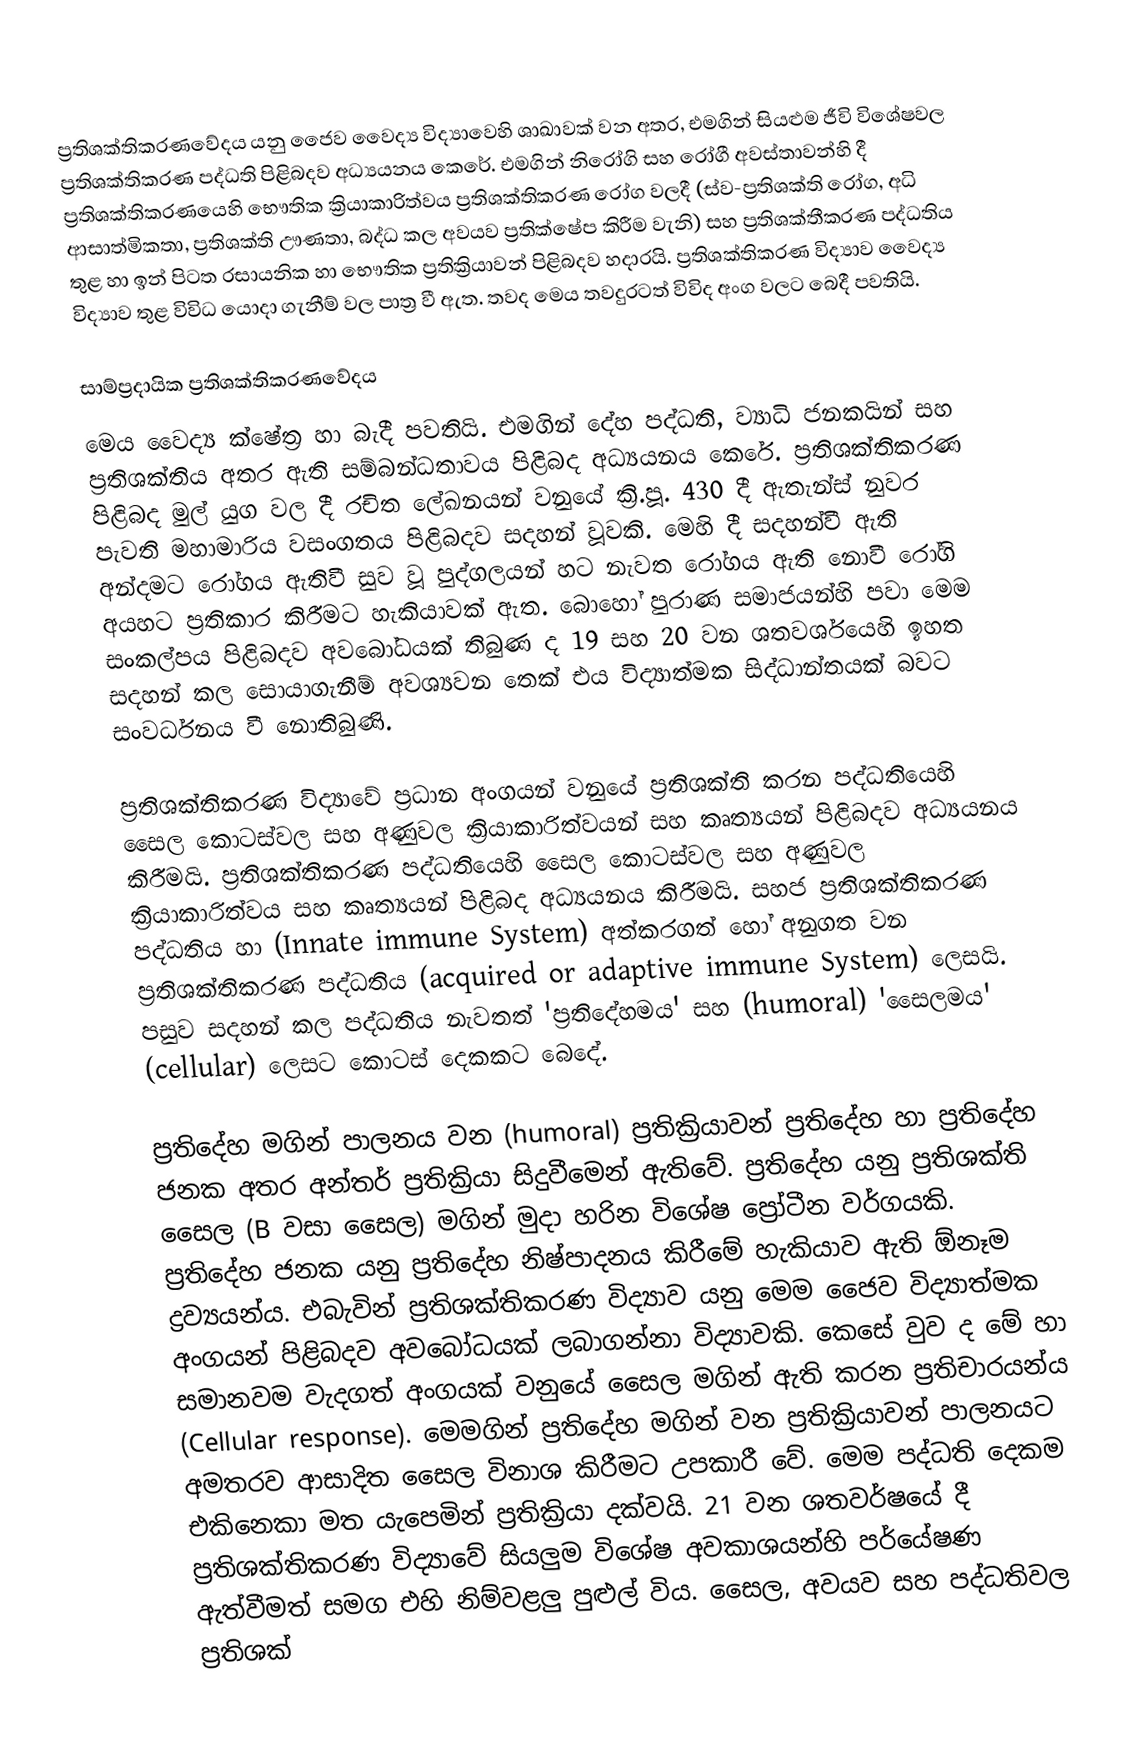
ප්‍රතිශක්තිකරණවේදය යනු ජෛව වෛද්‍ය විද්‍යාවෙහි ශාඛාවක් වන අතර, එමගින් සියළුම ජීවි විශේෂවල ප්‍රතිශක්තිකරණ පද්ධති පිළිබදව අධ්‍යයනය කෙරේ. එමගින් නිරෝගි සහ රෝගී අවස්තාවන්හි දී ප්‍රතිශක්තිකරණයෙහි භෞතික ක්‍රියාකාරිත්වය ප්‍රතිශක්තිකරණ රෝග වලදී (ස්ව-ප්‍රතිශක්ති රෝග, අධි ආසාත්මිකතා, ප්‍රතිශක්ති ඌණතා, බද්ධ කල අවයව ප්‍රතික්ෂේප කිරීම වැනි) සහ ප්‍රතිශක්තීකරණ පද්ධතිය තුළ හා ඉන් පිටත රසායනික හා භෞතික ප්‍රතික්‍රියාවන් පිළිබදව හදාරයි. ප්‍රතිශක්තිකරණ විද්‍යාව වෛද්‍ය විද්‍යාව තුළ විවිධ යොදා ගැනීම් වල ප‍ාත්‍ර වී ඇත. තවද මෙය තවදුරටත් විවිද අංග වලට බෙදී පවතියි.

සාම්ප්‍රදායික ප්‍රතිශක්තිකරණවේදය
මෙය වෛද්‍ය ක්ෂේත්‍ර හා බැදී පවතියි. එමගින් දේහ පද්ධති, ව්‍යාධි ජනකයින් සහ ප්‍රතිශක්තිය අතර ඇති සම්බන්ධතාවය පිළිබද අධ්‍යයනය කෙරේ. ප්‍රතිශක්තිකරණ පිළිබද මුල් යුග වල දී රචිත ලේඛනයන් වනුයේ ක්‍රි.පූ. 430 දී ඇතැන්ස් නුවර පැවති මහාමාරිය වසංගතය පිළිබදව සදහන් වූවකි. මෙහි දී සදහන්වී ඇති අන්දමට රෝගය ඇතිවී සුව වූ පුද්ගලයන් හට නැවත රෝගය ඇති  නොවී රෝගි අයහට ප්‍රතිකාර කිරීමට හැකියාවක් ඇත. බොහෝ පුරාණ සමාජයන්හි පවා මෙම සංකල්පය පිළිබදව අවබෝධයක් තිබුණ ද 19 සහ 20 වන ශතවර්ශයෙහි ඉහත සදහන් කල සොයාගැනීම් අවශ්‍යවන තෙක් එය විද්‍යාත්මක සිද්ධාන්තයක් බවට සංවර්ධනය වී නොතිබුණි.

ප්‍රතිශක්තිකරණ විද්‍යාවේ ප්‍රධාන අංගයන් වනුයේ ප්‍රතිශක්ති කරන පද්ධතියෙහි සෛල කොටස්වල සහ අණුවල ක්‍රියාකාරිත්වයන් සහ කෘත්‍යයන් පිළිබදව අධ්‍යයනය කිරීමයි. ප්‍රතිශක්තිකරණ පද්ධතියෙහි සෛල කොටස්වල සහ අණුවල ක්‍රියාකාරිත්වය සහ කෘත්‍යයන් පිළිබද අධ්‍යයනය කිරීමයි. සහජ ප්‍රතිශක්තිකරණ පද්ධතිය හා (Innate immune System) අත්කරගත් හෝ අනුගත වන ප්‍රතිශක්තිකරණ පද්ධතිය (acquired or adaptive immune System) ලෙසයි. පසුව සදහන් කල පද්ධතිය නැවතත් 'ප්‍රතිදේහමය' සහ (humoral) 'සෛලමය' (cellular) ලෙසට කොටස් දෙකකට බෙදේ.

ප්‍රතිදේහ මගින් පාලනය වන (humoral) ප්‍රතික්‍රියාවන් ප්‍රතිදේහ හා ප්‍රතිදේහ ජනක අතර අන්තර් ප්‍රතික්‍රියා සිදුවීමෙන් ඇතිවේ. ප්‍රතිදේහ යනු ප්‍රතිශක්ති සෛල (B වස‍ා සෛල) මගින් මුදා හරින විශේෂ ප්‍රෝටීන වර්ගයකි. ප්‍රතිදේහ ජනක යනු ප්‍රතිදේහ නිෂ්පාදනය කිරීමේ හැකියාව ඇති ඕනෑම ද්‍රව්‍යයන්ය. එබැවින් ප්‍රතිශක්තිකරණ විද්‍යාව යනු මෙම ජෛව විද්‍යාත්මක අංගයන් පිළිබදව අවබෝධයක් ලබාගන්නා විද්‍යාවකි. කෙසේ වුව ද මේ හා සමානවම වැදගත් අංගයක් වනුයේ සෛල මගින් ඇති කරන ප්‍රතිචාරයන්ය (Cellular response). මෙමගින් ප්‍රතිදේහ මගින් වන ප්‍රතික්‍රියාවන් පාලනයට අමතරව ආසාදිත සෛල විනාශ කිරීමට උපකාරී වේ. මෙම පද්ධති දෙකම එකිනෙකා මත යැපෙමින් ප්‍රතික්‍රියා දක්වයි. 21 වන ශතවර්ෂයේ දී ප්‍රතිශක්තිකරණ විද්‍යාවේ සියලුම විශේෂ අවකාශයන්හි පර්යේෂණ ඇත්වීමත් සමග එහි නිම්වළලු පුළුල් විය. සෛල, අවයව සහ පද්ධතිවල ප්‍රතිශක්